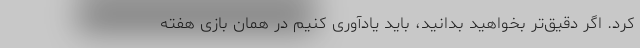
کرد. اگر دقیق‌تر بخواهید بدانید، باید یادآوری کنیم در همان بازی هفته